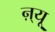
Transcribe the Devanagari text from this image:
ऩ्यू